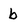
Character: b